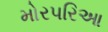
મોરપરિઆ